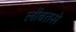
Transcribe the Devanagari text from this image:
लोंबतसे